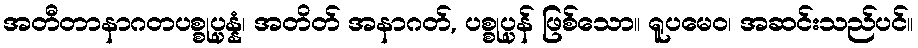
အတီတာနာဂတပစ္စုပ္ပန္နံ၊ အတိတ် အနာဂတ်, ပစ္စုပ္ပန် ဖြစ်သော။ ရူပမေဝ၊ အဆင်းသည်ပင်။